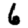
Digit: 6